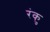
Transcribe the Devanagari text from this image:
रंकु